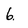
Character: 6